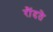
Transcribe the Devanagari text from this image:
रौंदते